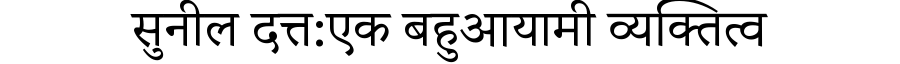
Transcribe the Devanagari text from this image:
सुनील दत्त:एक बहुआयामी व्यक्तित्व